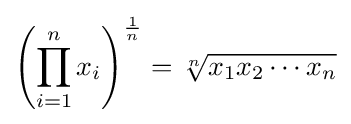
\left(\prod _{i=1}^{n}x_{i}\right)^{\frac {1}{n}}={\sqrt[{n}]{x_{1}x_{2}\cdots x_{n}}}